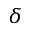
\delta